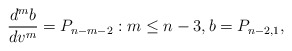
\begin{align*} \frac{d^mb}{dv^m}=P_{n-m-2}:m\leq n-3,b=P_{n-2,1},\end{align*}